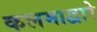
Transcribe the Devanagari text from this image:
कलमाद्वारे